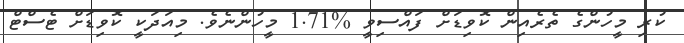
ކުރި މީހުންގެ ތެރެއިން ކޮވިޑަށް ފައްސިވީ %1.71 މީހުންނެވެ. މިއަދަކީ ކޮވިޑަށް ޓެސްޓް